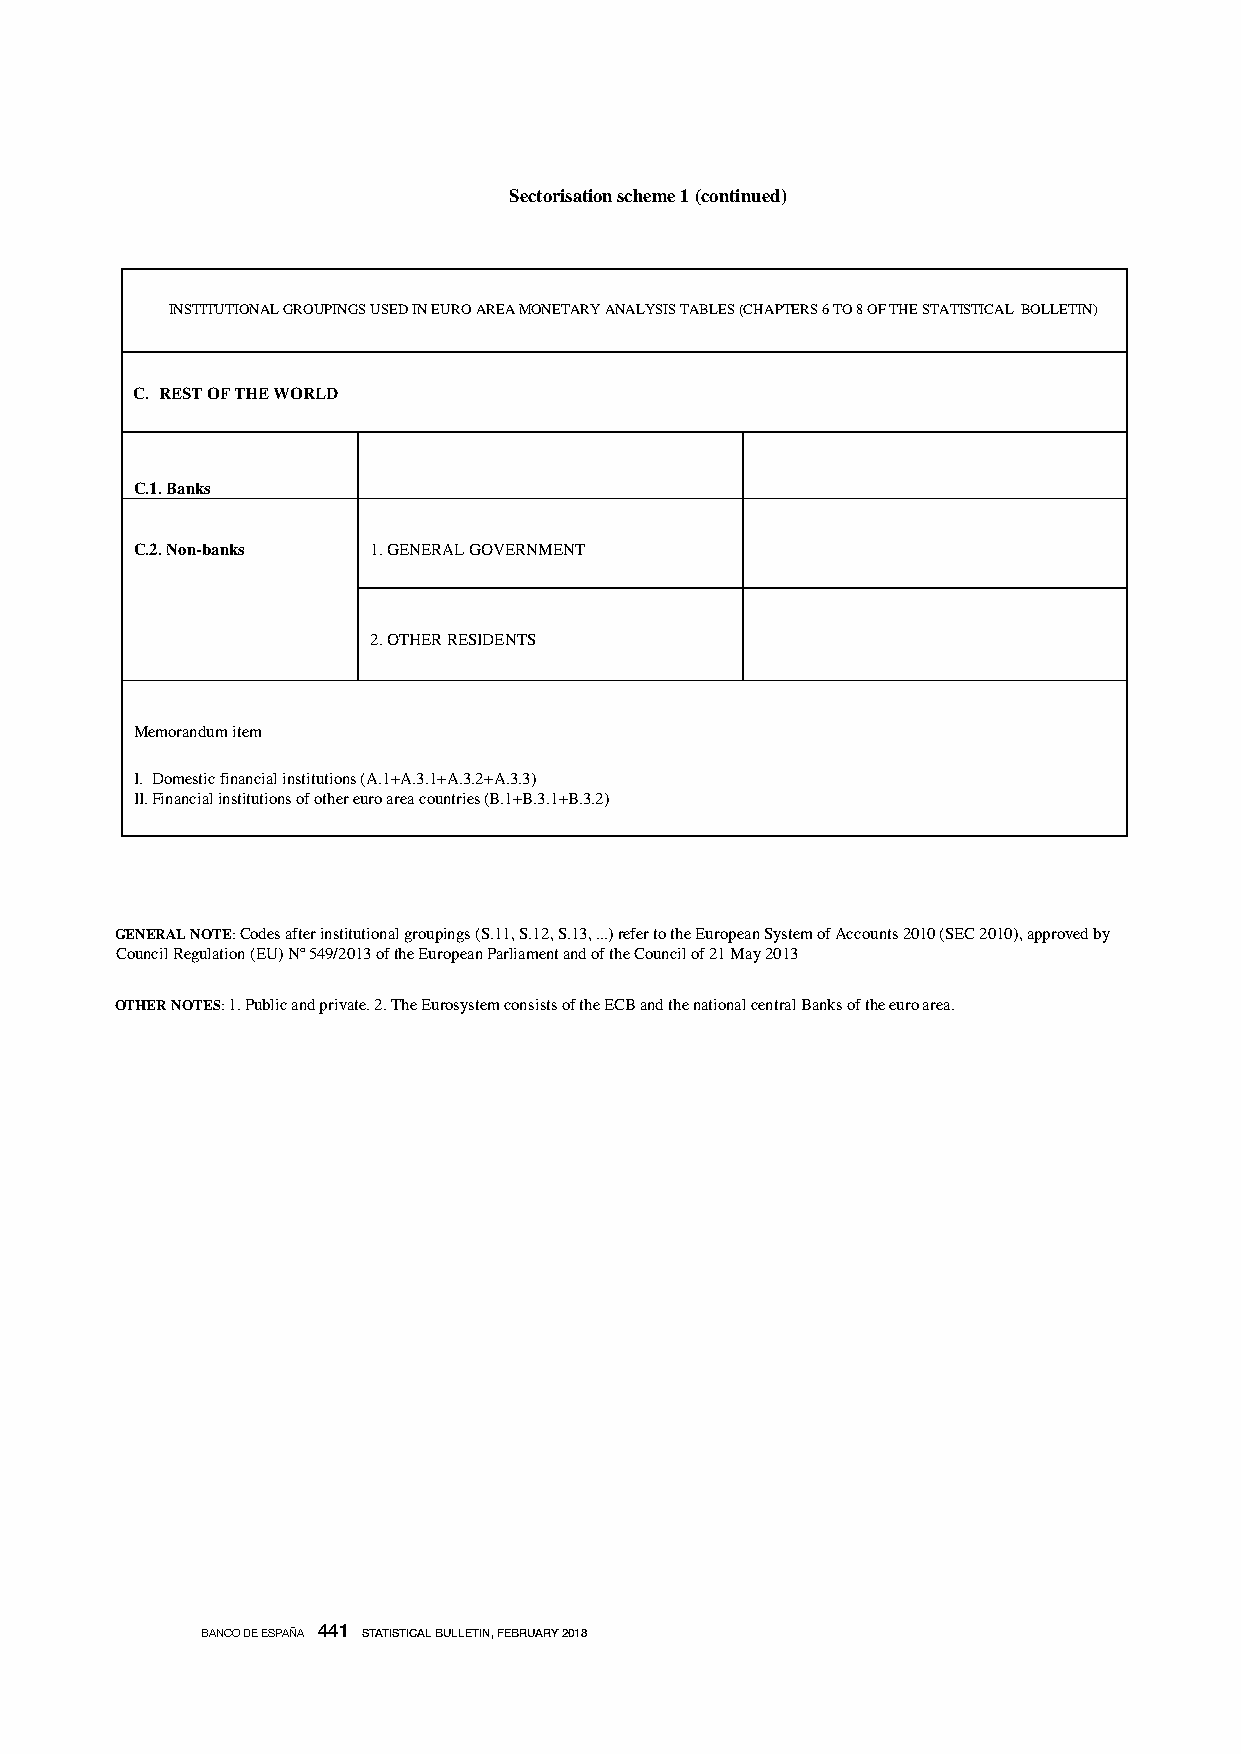
Sectorisation scheme 1 (continued)
 INSTITUTIONAL GROUPINGS USED IN EURO AREA MONETARY ANALYSIS TABLES (CHAPTERS 6 TO 8 OF THE STATISTICAL BOLLETIN)
 C. REST OF THE WORLD
 C.1. Banks
 C.2. Non-banks 1. GENERAL GOVERNMENT
 2. OTHER RESIDENTS
 Memorandum item
 I. Domestic financial institutions (A.1+A.3.1+A.3.2+A.3.3)
 II. Financial institutions of other euro area countries (B.1+B.3.1+B.3.2)
 GENERAL NOTE: Codes after institutional groupings (S.11, S.12, S.13, ...) refer to the European System of Accounts 2010 (SEC 2010), approved by
 Council Regulation (EU) Nº 549/2013 of the European Parliament and of the Council of 21 May 2013
 OTHER NOTES: 1. Public and private. 2. The Eurosystem consists of the ECB and the national central Banks of the euro area.
 BANCO DE ESPAÑA 441 STATISTICAL BULLETIN, FEBRUARY 2018